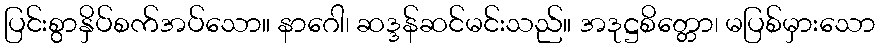
ပြင်းစွာနှိပ်စက်အပ်သော။ နာဂေါ၊ ဆဒ္ဒန်ဆင်မင်းသည်။ အဒုဋ္ဌစိတ္တော၊ မပြစ်မှားသော